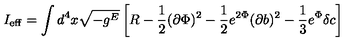
I _ { \mathrm { e f f } } = \int d ^ { 4 } x \sqrt { - g ^ { E } } \left[ R - \frac { 1 } { 2 } ( \partial \Phi ) ^ { 2 } - \frac { 1 } { 2 } e ^ { 2 \Phi } ( \partial b ) ^ { 2 } - \frac { 1 } { 3 } e ^ { \Phi } \delta c \right]